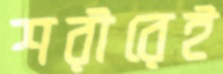
শরীরেই